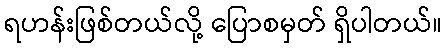
ရဟန်းဖြစ်တယ်လို့ ပြောစမှတ် ရှိပါတယ်။